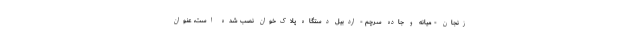
زنجان - میانه و جاده سرچم - اردبیل دستگاه پلاک‌خوان نصب شده است، عنوان